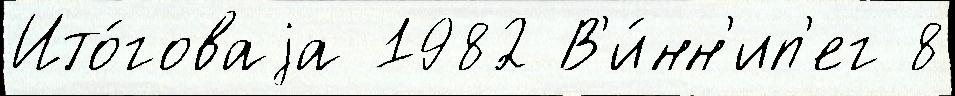
Ито́говаjа 1982 В'и́нн'ип'ег 8